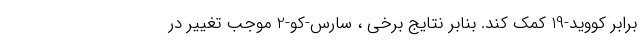
برابر کووید-19 کمک کند. بنابر نتایج برخی ، سارس-کو-2 موجب تغییر در